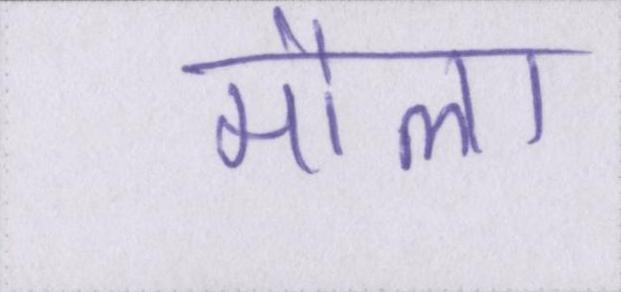
मौला